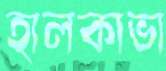
হালকাভা